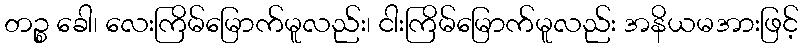
တဉ္စ ခေါ၊ လေးကြိမ်မြောက်မူလည်း၊ ငါးကြိမ်မြောက်မူလည်း အနိယမအားဖြင့်